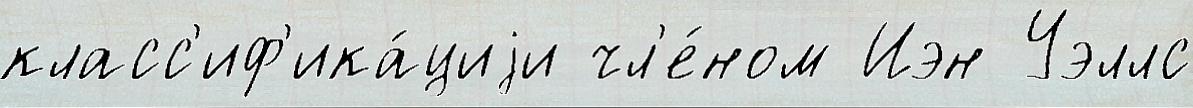
класс'иф'ика́циjи чл'е́ном Иэн Уэллс